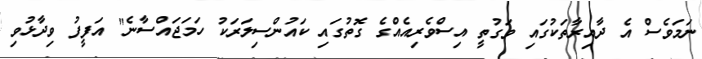
ނަމަވެސް އެ ދާއިރާތަކުގައި ވަގުތީ އިސްވެރިއެއްގެ ގޮތުގައި ކައުންސިލަރަކު ހަމަޖައްސާނެ" އަފީފު ވިދާޅުވި